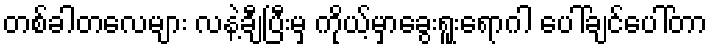
တစ်ခါတလေများ လနဲ့ချီပြီးမှ ကိုယ့်မှာခွေးရူးရောဂါ ပေါ်ချင်ပေါ်တာ